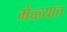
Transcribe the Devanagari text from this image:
मेळ्यांत